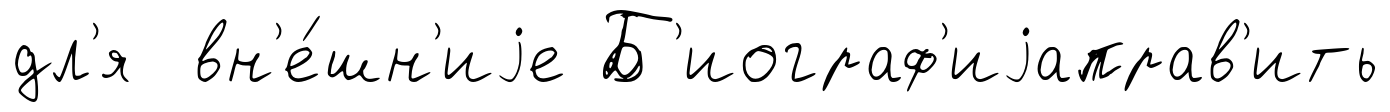
дл'я вн'е́шн'иjе Б'иограф'иjаправ'ить